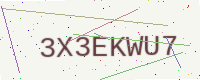
Text: 3X3EKWU7